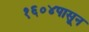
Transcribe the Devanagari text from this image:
१६०४पासून